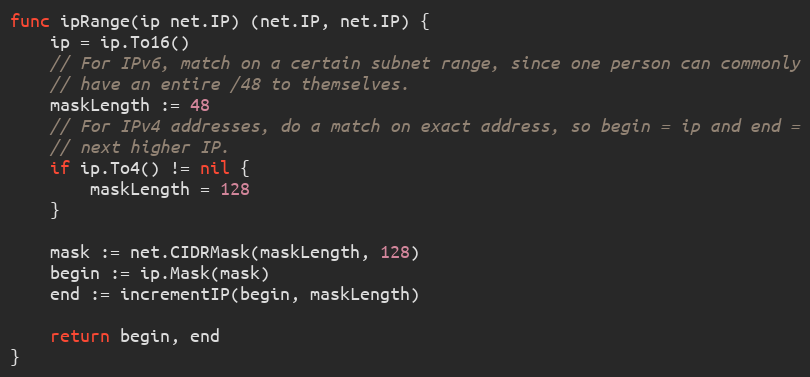
Language: Go
func ipRange(ip net.IP) (net.IP, net.IP) {
	ip = ip.To16()
	// For IPv6, match on a certain subnet range, since one person can commonly
	// have an entire /48 to themselves.
	maskLength := 48
	// For IPv4 addresses, do a match on exact address, so begin = ip and end =
	// next higher IP.
	if ip.To4() != nil {
		maskLength = 128
	}

	mask := net.CIDRMask(maskLength, 128)
	begin := ip.Mask(mask)
	end := incrementIP(begin, maskLength)

	return begin, end
}